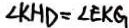
\angle K H D = \angle E K G